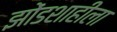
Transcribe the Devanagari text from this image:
झोंडशाहीला